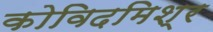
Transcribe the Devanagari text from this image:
कोविदमिश्र